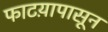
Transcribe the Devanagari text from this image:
फाटय़ापासून